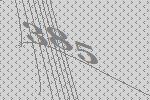
385